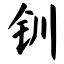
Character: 钏